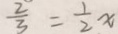
\frac { 2 } { 3 } = \frac { 1 } { 2 } x